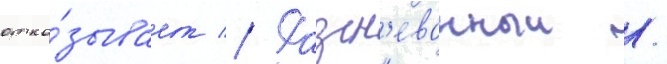
отка́зывает // Разгн'еванныи /